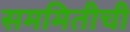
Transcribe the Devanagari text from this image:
सममितीची